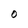
Character: O